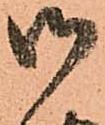
御